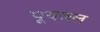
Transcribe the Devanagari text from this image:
पूयजल